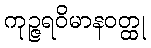
ကုဉ္ဇရဝိမာနဝတ္ထု